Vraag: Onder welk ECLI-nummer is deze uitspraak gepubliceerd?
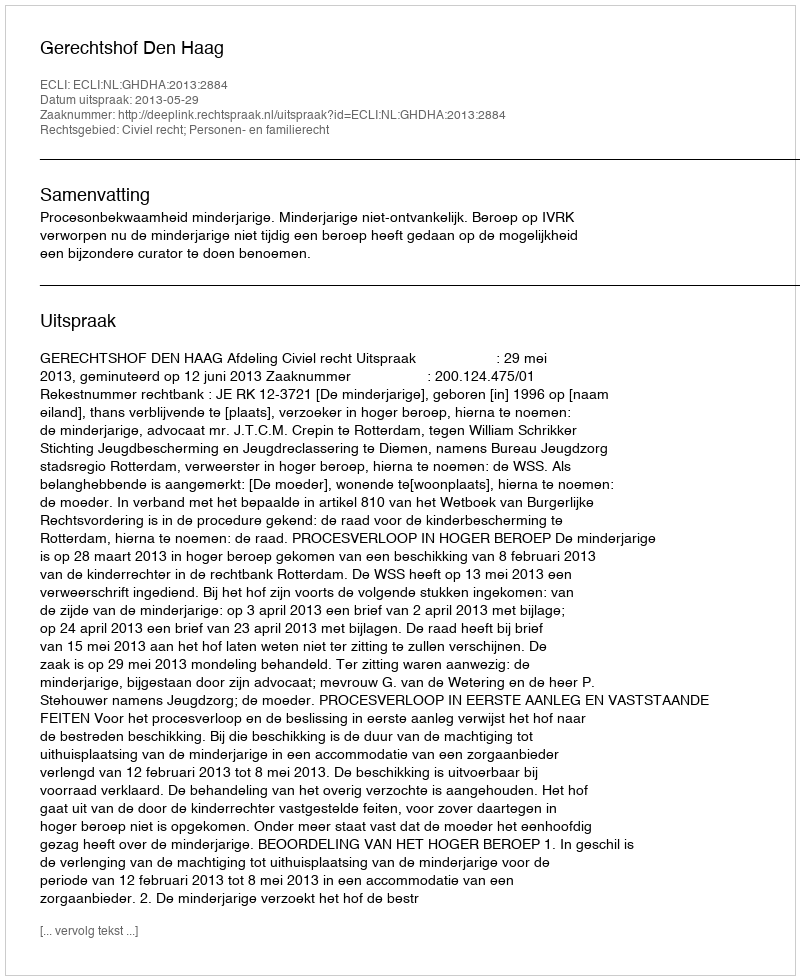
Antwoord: ECLI:NL:GHDHA:2013:2884